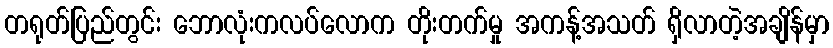
တရုတ်ပြည်တွင်း ဘောလုံးကလပ်လောက တိုးတက်မှု အကန့်အသတ် ရှိလာတဲ့အချိန်မှာ